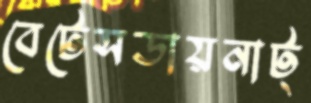
বেটেসডায়নাট্